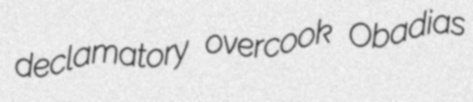
declamatory overcook Obadias